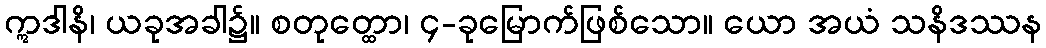
ဣဒါနိ၊ ယခုအခါ၌။ စတုတ္ထော၊ ၄-ခုမြောက်ဖြစ်သော။ ယော အယံ သနိဒဿန